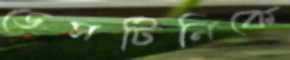
ডেসটিনিকে